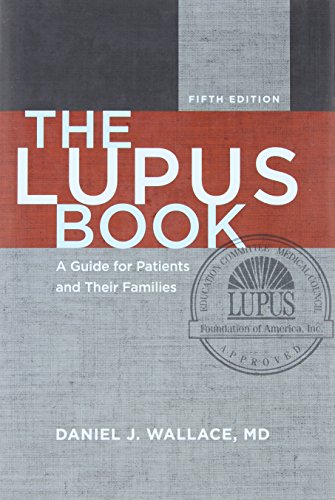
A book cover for The Lupus Book: A Guide for Patients and Their Families; Daniel J. Wallace; Health, Fitness & Dieting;